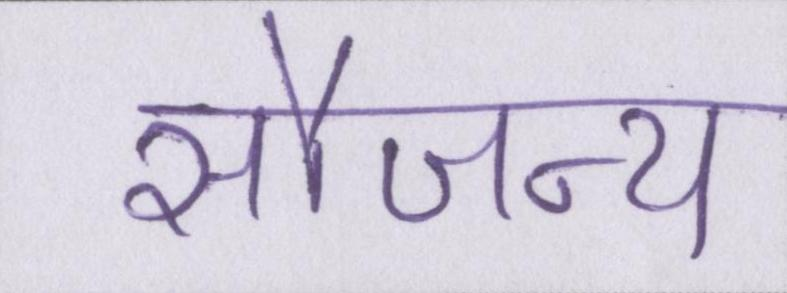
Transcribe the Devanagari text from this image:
सौजन्य